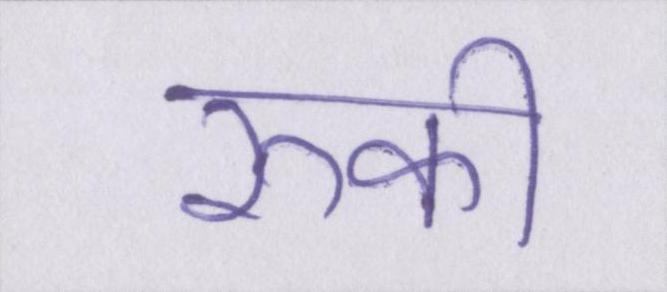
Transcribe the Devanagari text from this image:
रूकी